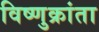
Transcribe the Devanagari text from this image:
विष्णुक्रांता